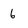
Character: 6